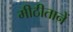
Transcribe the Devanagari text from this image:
मीठीतानें